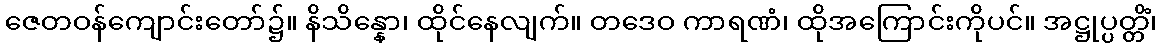
ဇေတဝန်ကျောင်းတော်၌။ နိသိန္နော၊ ထိုင်နေလျက်။ တဒေဝ ကာရဏံ၊ ထိုအကြောင်းကိုပင်။ အဋ္ဌုပ္ပတ္တိံ၊